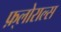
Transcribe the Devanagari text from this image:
फ़्लोराल्स